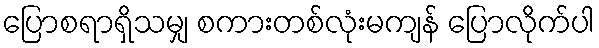
ပြောစရာရှိသမျှ စကားတစ်လုံးမကျန် ပြောလိုက်ပါ